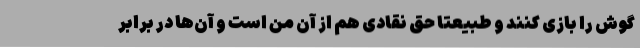
گوش را بازی کنند و طبیعتا حق نقادی هم از آن من است و آن‌ها در برابر